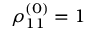
\rho _ { 1 1 } ^ { ( 0 ) } = 1